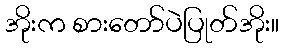
အိုးက စားတော်ပဲပြုတ်အိုး။